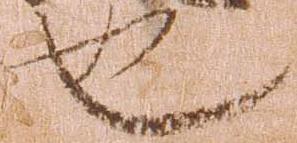
也